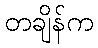
တချိန်က